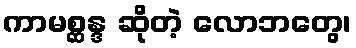
ကာမစ္ဆန္ဒ ဆိုတဲ့ လောဘတွေ၊